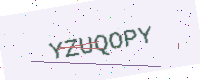
Text: YZUQOPY